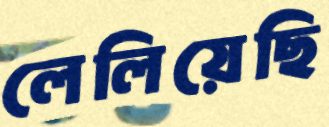
লেলিয়েছি